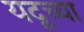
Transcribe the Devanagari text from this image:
यदूच्या